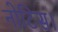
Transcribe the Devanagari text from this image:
नोटिस।